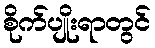
စိုက်ပျိုးရာတွင်